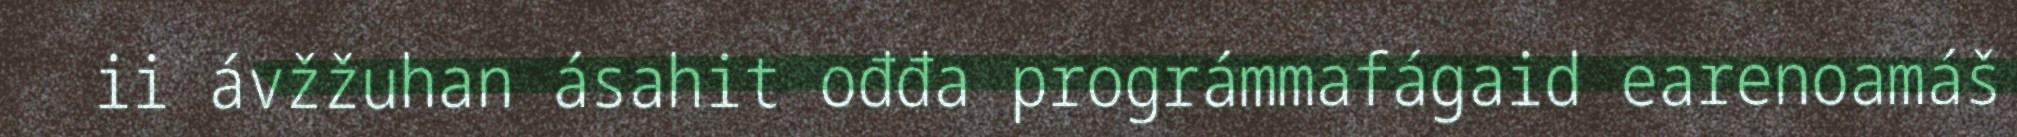
ii ávžžuhan ásahit ođđa prográmmafágaid earenoamáš